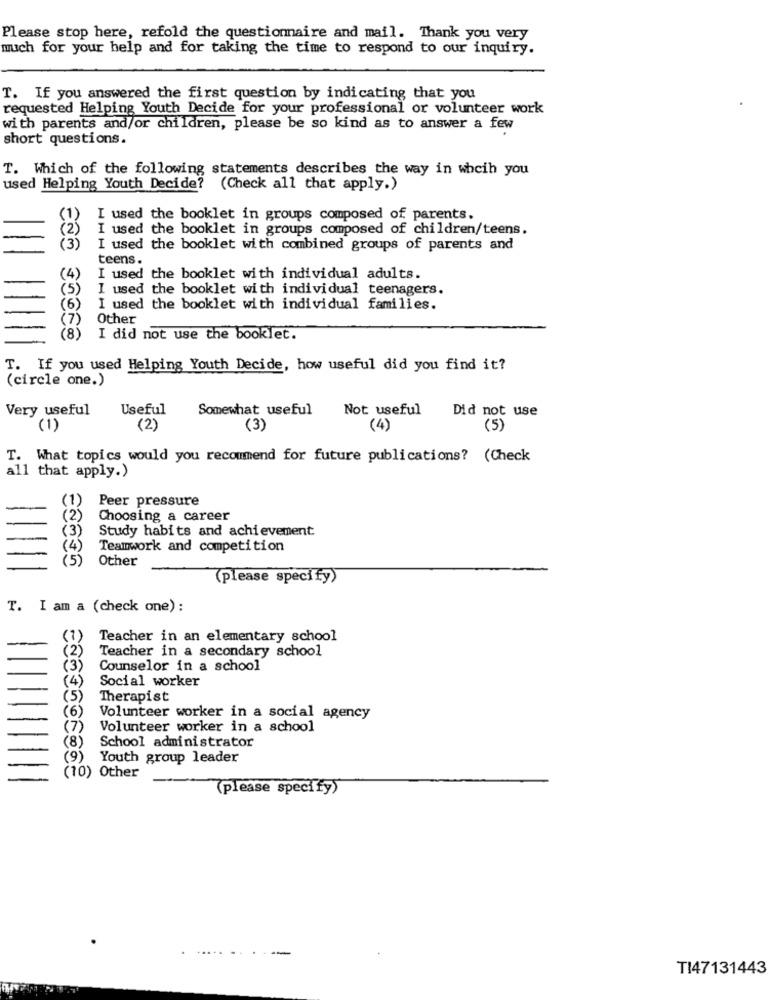
Please stop here, refold the questionnaire and mail. Thank you very
much for your help and for taking the time to respond to our inquiry.
T. If you answered the first question by indicating that you
requested Helping Youth Decide for your professional or volunteer work
with parents and/or children, please be so kind as to answer a few
short questions.
T. Which of the following statements describes the way in whcih you
used Helping Youth Decide? (Check all that apply.)
I used the booklet in groups composed of parents.
I used the booklet in groups composed of children/teens.
(3)
I used the booklet with combined groups of parents and
teens.
I used the booklet with individual adults.
I used the booklet with individual teenagers.
I used the booklet with individual families.
Other
(8)
I did not use the booklet.
T. If you used Helping Youth Decide, how useful did you find it?
(circle one.)
Very useful
Useful
Somewhat useful
Not useful
Did not use
(1)
(2)
(3)
(4)
(5)
T. What topics would you recommend for future publications? (Check
all that apply.)
(1)
Peer pressure
Choosing a career
(3)
Study habits and achievement
(4)
Teamwork and competition
(5)
Other
(please specify)
T. I am a (check one) :
Teacher in an elementary school
Teacher in a secondary school
Counselor in a school
Social worker
Therapist
(6)
Volunteer worker in a social agency
Volunteer worker in a school
(8)
School administrator
(9)
Youth group leader
(10) Other
(please specify)
TI47131443